Vaccination in Bombay 1869-1873 - 1869-1873
Year: 1869
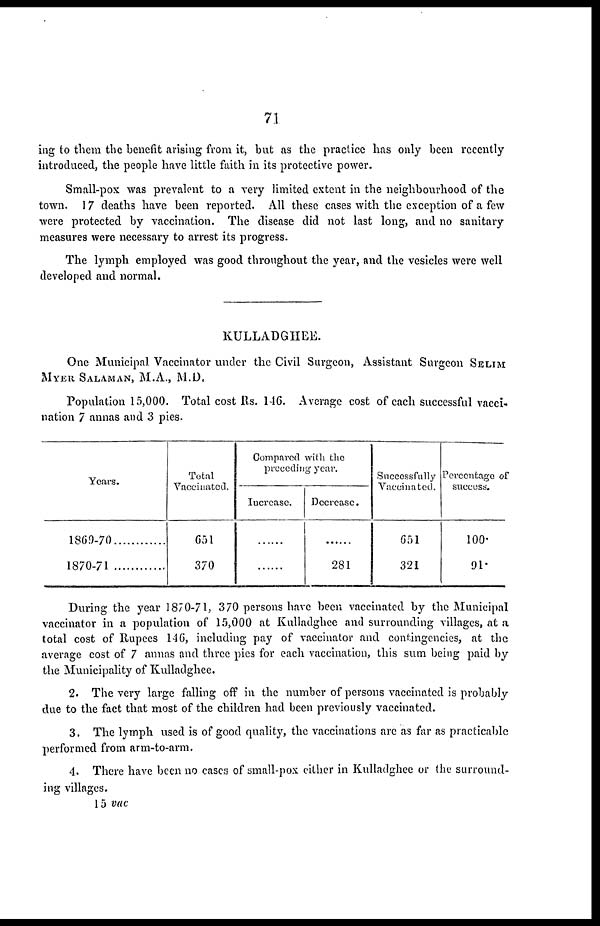
71
ing to them the benefit arising from it, but as the practice has only been recently
introduced, the people have little faith in its protective power.
Small-pox was prevalent to a very limited extent in the neighbourhood of the
town. 17 deaths have been reported. All these cases with the exception of a few
were protected by vaccination. The disease did not last long, and no sanitary
measures were necessary to arrest its progress.
The lymph employed was good throughout the year, and the vesicles were well
developed and normal.
KULLADGHEE.
One Municipal Vaccinator under the Civil Surgeon, Assistant Surgeon SELIM
MYER SALAMAN, M.A., M.D.
Population 15,000. Total cost Rs. 146. Average cost of each successful vacci-
nation 7 annas and 3 pies.
Years.
1869-70
1870-71
Total
Vaccinated.
651
370
Compared with the
preceding year.
Increase.
......
......
Decrease.
......
281
Successfully
Vaccinated.
651
321
Percentage of
success.
100.
91.
During the year 1870-71, 370 persons have been vaccinated by the Municipal
vaccinator in a population of 15,000 at Kulladghee and surrounding villages, at a
total cost of Rupees 146, including pay of vaccinator and contingencies, at the
average cost of 7 annas and three pies for each vaccination, this sum being paid by
the Municipality of Kulladghee.
2. The very large falling off in the number of persons vaccinated is probably
due to the fact that most of the children had been previously vaccinated.
3. The lymph used is of good quality, the vaccinations are as far as practicable
performed from arm-to-arm.
4. There have been no cases of small-pox either in Kulladghee or the surround-
ing villages.
15 vac